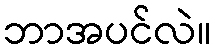
ဘာအပင်လဲ။